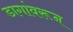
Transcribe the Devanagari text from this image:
डागांवरून